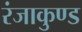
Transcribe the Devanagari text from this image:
रंजाकुण्ड